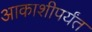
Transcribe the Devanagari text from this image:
आकाशीपर्यंत